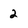
Character: 2